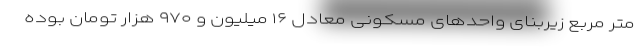
متر مربع زیربنای واحدهای مسکونی معادل ۱۶ میلیون و ۹۷۰ هزار تومان بوده